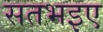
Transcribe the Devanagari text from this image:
सतभइए